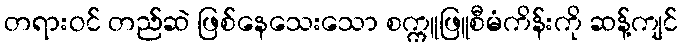
တရားဝင် တည်ဆဲ ဖြစ်နေသေးသော စက္ကူဖြူစီမံကိန်းကို ဆန့်ကျင်